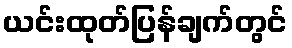
ယင်းထုတ်ပြန်ချက်တွင်